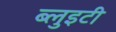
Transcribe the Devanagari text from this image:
ब्लुइटी